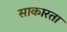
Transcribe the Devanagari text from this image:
साकारता